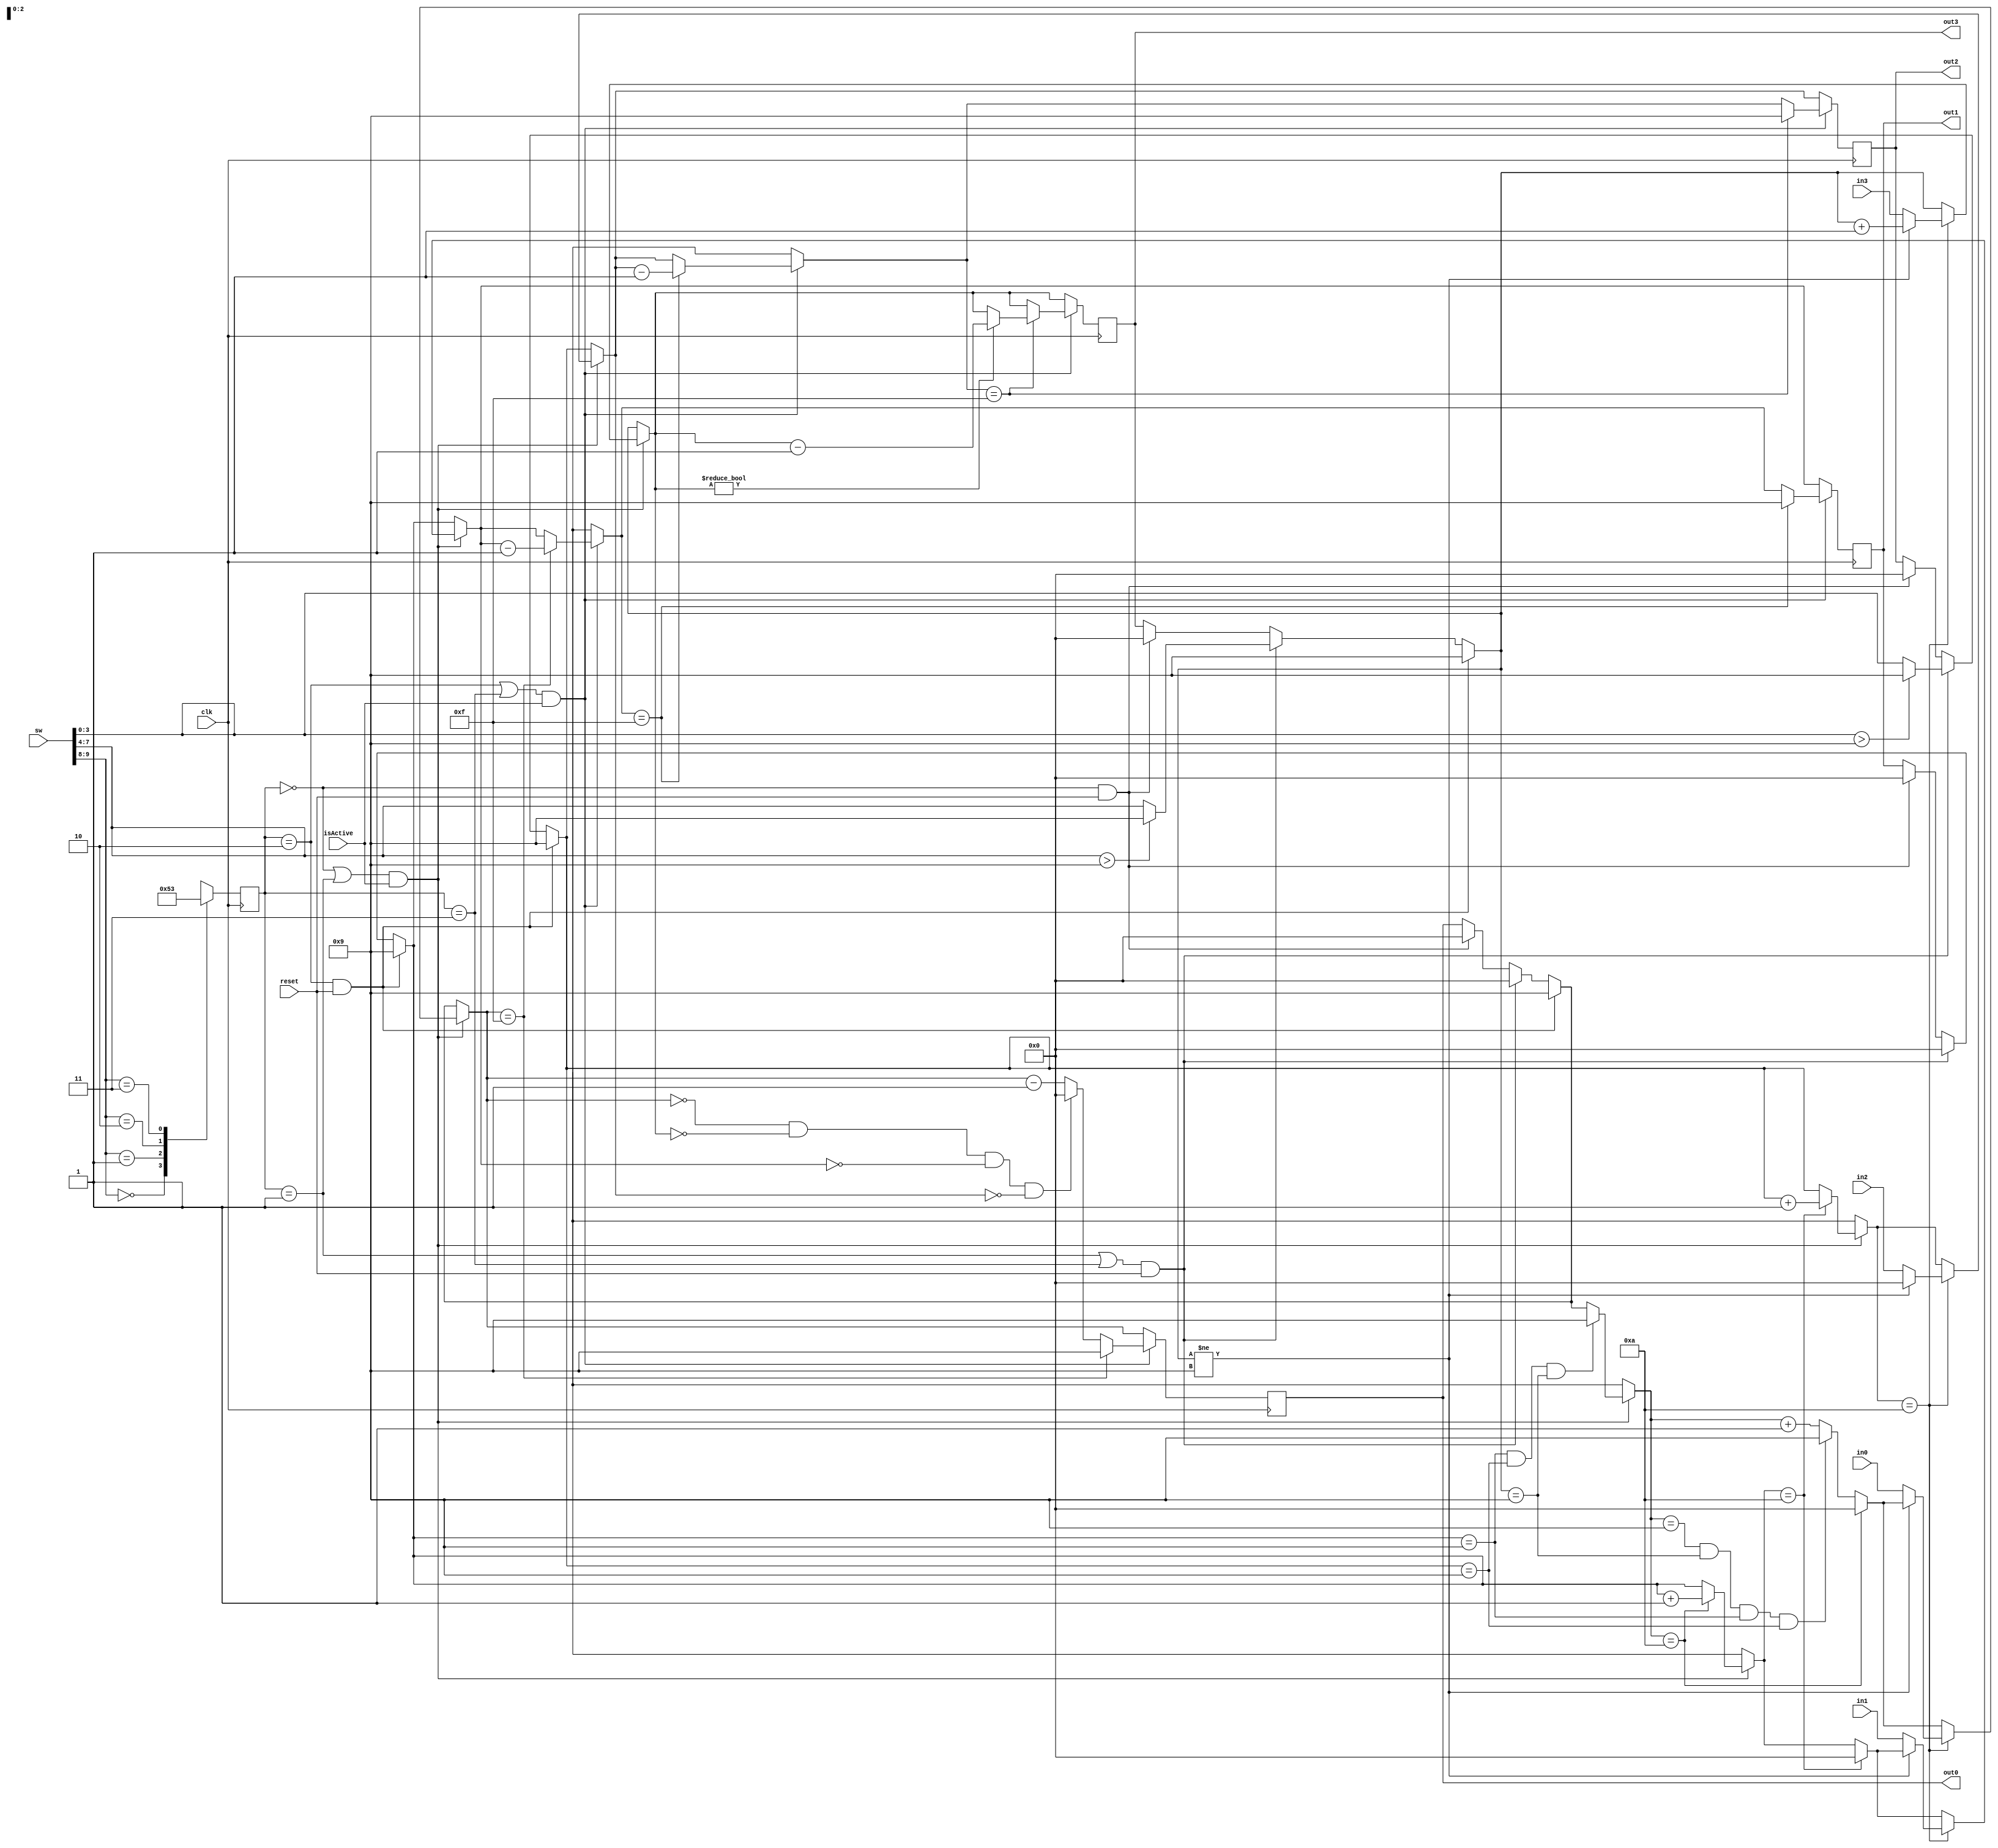
`timescale 1ns / 1ps
//////////////////////////////////////////////////////////////////////////////////
// Company: 
// Engineer: 
// 
// Design Name: 
// Module Name: modes
// Project Name: 
// Target Devices: 
// Tool Versions: 
// Description: 
// 
// Dependencies: 
// 
// Revision:
// Revision 0.01 - File Created
// Additional Comments:
// 
//////////////////////////////////////////////////////////////////////////////////


module modes(
    input clk,
    input reset,
    input isActive,
    input[9:0] sw,
    input[3:0] in0,
    input[3:0] in1,
    input[3:0] in2,
    input[3:0] in3,
    output reg[3:0] out0,
    output reg[3:0] out1,
    output reg[3:0] out2,
    output reg[3:0] out3
    );
reg[2:0] mode;

always @ (posedge clk) begin
    begin
    case({sw[9],sw[8]})
    2'b00 : mode <=0;
    2'b01 : mode <=1;
    2'b10 : mode <=2;
    2'b11 : mode <=3;
    default : mode <=0;
    endcase
    end
    if(mode==0 && reset)begin
        out0=4'd0; out1=4'd0;out2=4'd0;out3=4'd0;
    end
    if((mode==1||mode==3) && reset)begin
        out0=4'd0; out1=4'd0;out2=sw[3:0];out3=sw[7:4];
        if(out2>9) out2=9;
        if(out3>9) out3=9;
    end
    if(mode==2 && reset)begin
        out0=4'd9; out1=4'd9;out2=4'd9;out3=4'd9;
    end
    if((mode==0 || mode==1) && isActive)begin
        if(out1==4'd9 && out2==4'd9 && out3==4'd9) begin
            out0=4'd9; 
        end
        
        if(out0==4'd10) begin
            out0=4'd0; out1=out1+1;
        end else if(out0==4'd9 && out3==4'd9 && out1==4'd9 &&out2==4'd9) begin
            out0<=4'd9; out2<=4'd9;
            end else begin
            out0<=out0+1;
            end
        
        
        if(out1==4'd10) begin
            out1=4'd0; out2=out2+1;
        end
        if(out2==4'd10) begin
            out2=4'd0; 
            if(out3!=4'd9)begin
                out3=out3+1;
            end else begin
                out0=in0; out1=in1; out2=in2;out3=in3; 
            end
        end
    end
    
   if((mode==2 || mode==3) && isActive)begin 
        if(out0==4'd9 && out1==4'd9 && out2==4'd9 && out3==4'd9)begin
        out0<=4'd15;
        end
        
        if(out0==4'd15) begin
            out0=4'd9; out1=out1-1; 
        end else if(out0==4'd0 && out3==4'd0 && out1==4'd0 && out2==4'd0) begin
            out0<=4'd0;
            end else begin
            out0<=out0-1;
            end
        
        
        if(out1==4'd15) begin
            out1=4'd9; out2=out2-1;
        end
        if(out2==4'd15) begin
            out2=4'd9; 
            if(out3!=4'd0)begin
                out3=out3-1;
            end else if(out2==4'd0 && out1==4'd0) begin
                out0=in0; out1=in1; out2=in2;out3=in3; 
            end
        end
    end
    
    
        
        
end

endmodule